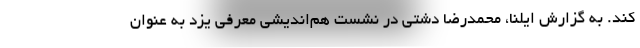
کند. به گزارش ایلنا، محمدرضا دشتی در نشست هم‌اندیشی معرفی یزد به عنوان